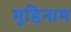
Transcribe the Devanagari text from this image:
मुहिनाम